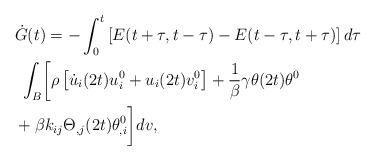
\begin{align*}\begin{aligned} & \dot{G}(t)=-\int_{0}^{t}\left[E(t+\tau,t-\tau)-E(t-\tau,t+\tau)\right]d\tau\\ & \ \int_{B}\biggl[\rho\left[\dot{u}_{i}(2t)u_{i}^{0}+u_{i}(2t)v_{i}^{0}\right]+\frac{1}{\beta}\gamma\theta(2t)\theta^{0}\\ & +\beta k_{ij}\Theta_{,j}(2t)\theta_{,i}^{0}\biggr]dv,\end{aligned}\end{align*}